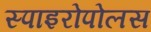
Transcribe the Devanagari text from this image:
स्पाइरोपोलस